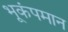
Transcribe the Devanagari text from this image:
भूकंपमान